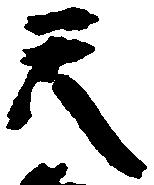
天